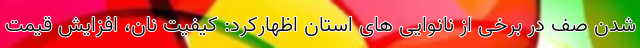
شدن صف در برخی از نانوایی های استان اظهارکرد: کیفیت نان، افزایش قیمت